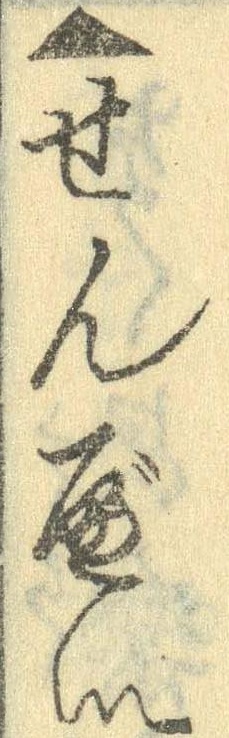
▲せんべい